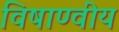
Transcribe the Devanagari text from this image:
विषाण्वीय